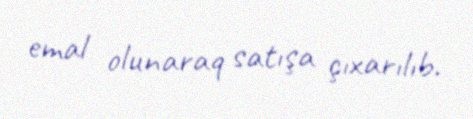
emal olunaraq satışa çıxarılıb.